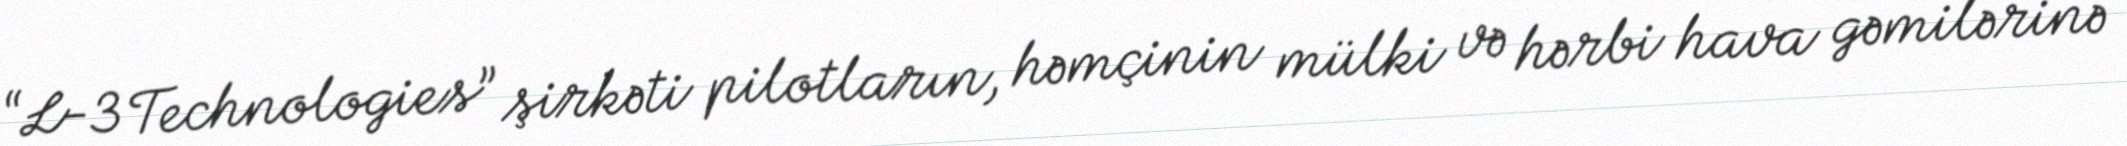
“L-3 Technologies” şirkəti pilotların, həmçinin mülki və hərbi hava gəmilərinə